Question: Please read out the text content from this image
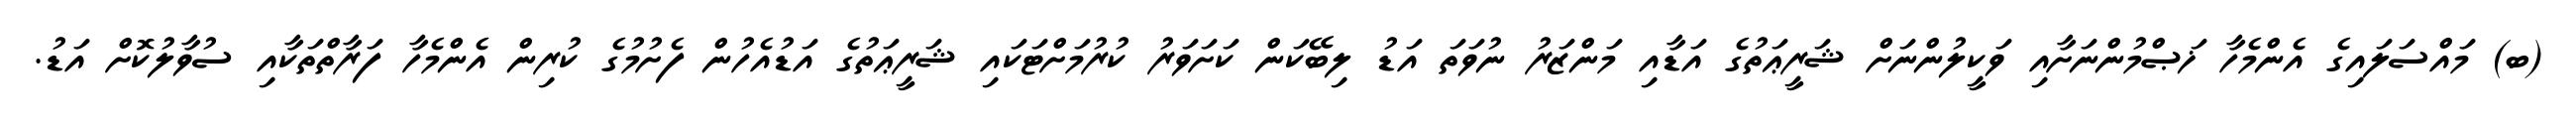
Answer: (ބ) މައްސަލައިގެ އެންމެހާ ޚަޞްމުންނަށާއި ވަކީލުންނަށް ޝަރީޢަތުގެ އަޑާއި މަންޒަރު ނުވަތަ އަޑު ލިބޭކަން ކަށަވަރު ކުރުމަށްޓަކައި ޝަރީޢަތުގެ އަޑުއެހުން ފެށުމުގެ ކުރިން އެންމެހާ ފަރާތްތަކާއި ސުވާލުކޮށް އަޑު.